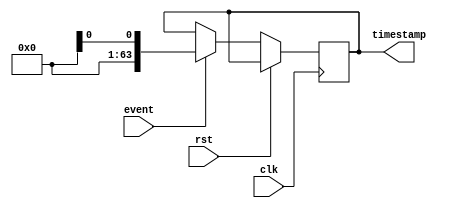
module timestamp_timer (
    input clk,
    input rst,
    input event,
    output reg [63:0] timestamp
);

reg [63:0] counter;

always @(posedge clk or posedge rst) begin
    if (rst) begin
        counter <= 64'h0;
    end else begin
        if (event) begin
            timestamp <= $time;
            counter <= 64'h0;
        end else begin
            counter <= counter + 1;
        end
    end
end

endmodule